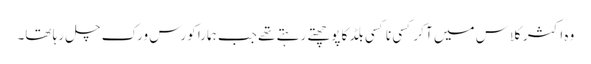
وہ اکثر کلاس میں آ کر کسی نا کسی بلڈ کا پوچھتے رہتے تھے جب ہمارا کورس ورک چل رہا تھا۔